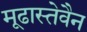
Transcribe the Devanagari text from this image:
मूढास्तेवैन